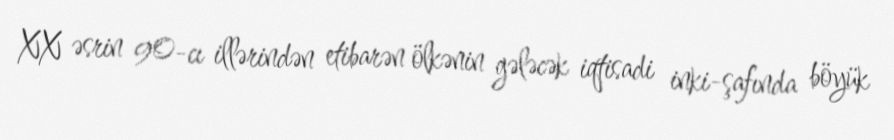
XX əsrin 90-cı illərindən etibarən ölkənin gələcək iqtisadi inki-şafında böyük